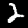
Digit: 2